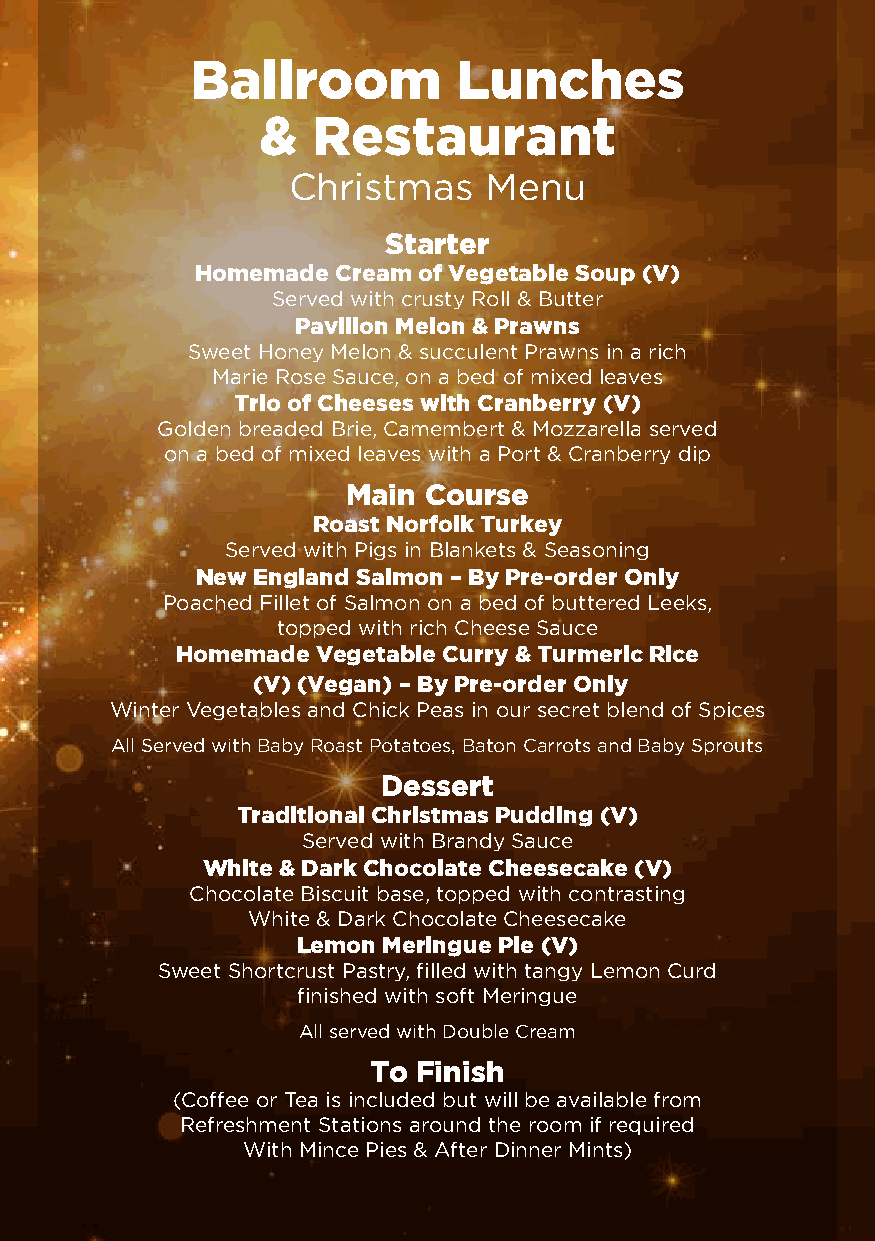
Ballroom         Lunches
 &   Restaurant
 Christmas    Menu
 Starter
 Homemade Cream of Vegetable Soup (V)
 Served with crusty Roll & Butter
 Pavilion Melon & Prawns
 Sweet Honey Melon & succulent Prawns in a rich
 Marie Rose Sauce, on a bed of mixed leaves
 Trio of Cheeses with Cranberry (V)
 Golden breaded Brie, Camembert & Mozzarella served
 on a bed of mixed leaves with a Port & Cranberry dip
 Main Course
 Roast Norfolk Turkey
 Served with Pigs in Blankets & Seasoning
 New England Salmon – By Pre-order Only
 Poached Fillet of Salmon on a bed of buttered Leeks,
 topped with rich Cheese Sauce
 Homemade Vegetable Curry & Turmeric Rice
 (V) (Vegan) – By Pre-order Only
 Winter Vegetables and Chick Peas in our secret blend of Spices
 All Served with Baby Roast Potatoes, Baton Carrots and Baby Sprouts
 Dessert
 Traditional Christmas Pudding (V)
 Served with Brandy Sauce
 White & Dark Chocolate Cheesecake (V)
 Chocolate Biscuit base, topped with contrasting
 White & Dark Chocolate Cheesecake
 Lemon Meringue Pie (V)
 Sweet Shortcrust Pastry, filled with tangy Lemon Curd
 finished with soft Meringue
 All served with Double Cream
 To  Finish
 (Coffee or Tea is included but will be available from
 Refreshment Stations around the room if required
 With Mince Pies & After Dinner Mints)